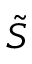
\tilde { S }